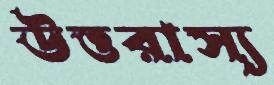
উত্তরাস্য